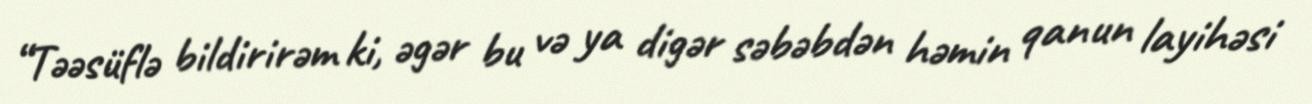
“Təəsüflə bildirirəm ki, əgər bu və ya digər səbəbdən həmin qanun layihəsi